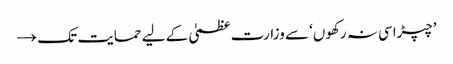
’چپڑاسی نہ رکھوں‘ سے وزارت عظمیٰ کے لیے حمایت تک →